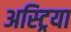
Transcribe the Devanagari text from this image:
अस्ट्रिया